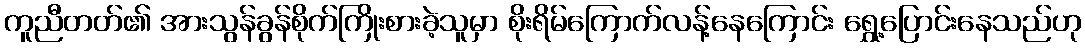
ကူညီတတ်၏ အားသွန်ခွန်စိုက်ကြိုးစားခဲ့သူမှာ စိုးရိမ်ကြောက်လန့်နေကြောင်း ရွှေ့ပြောင်းနေသည်ဟု